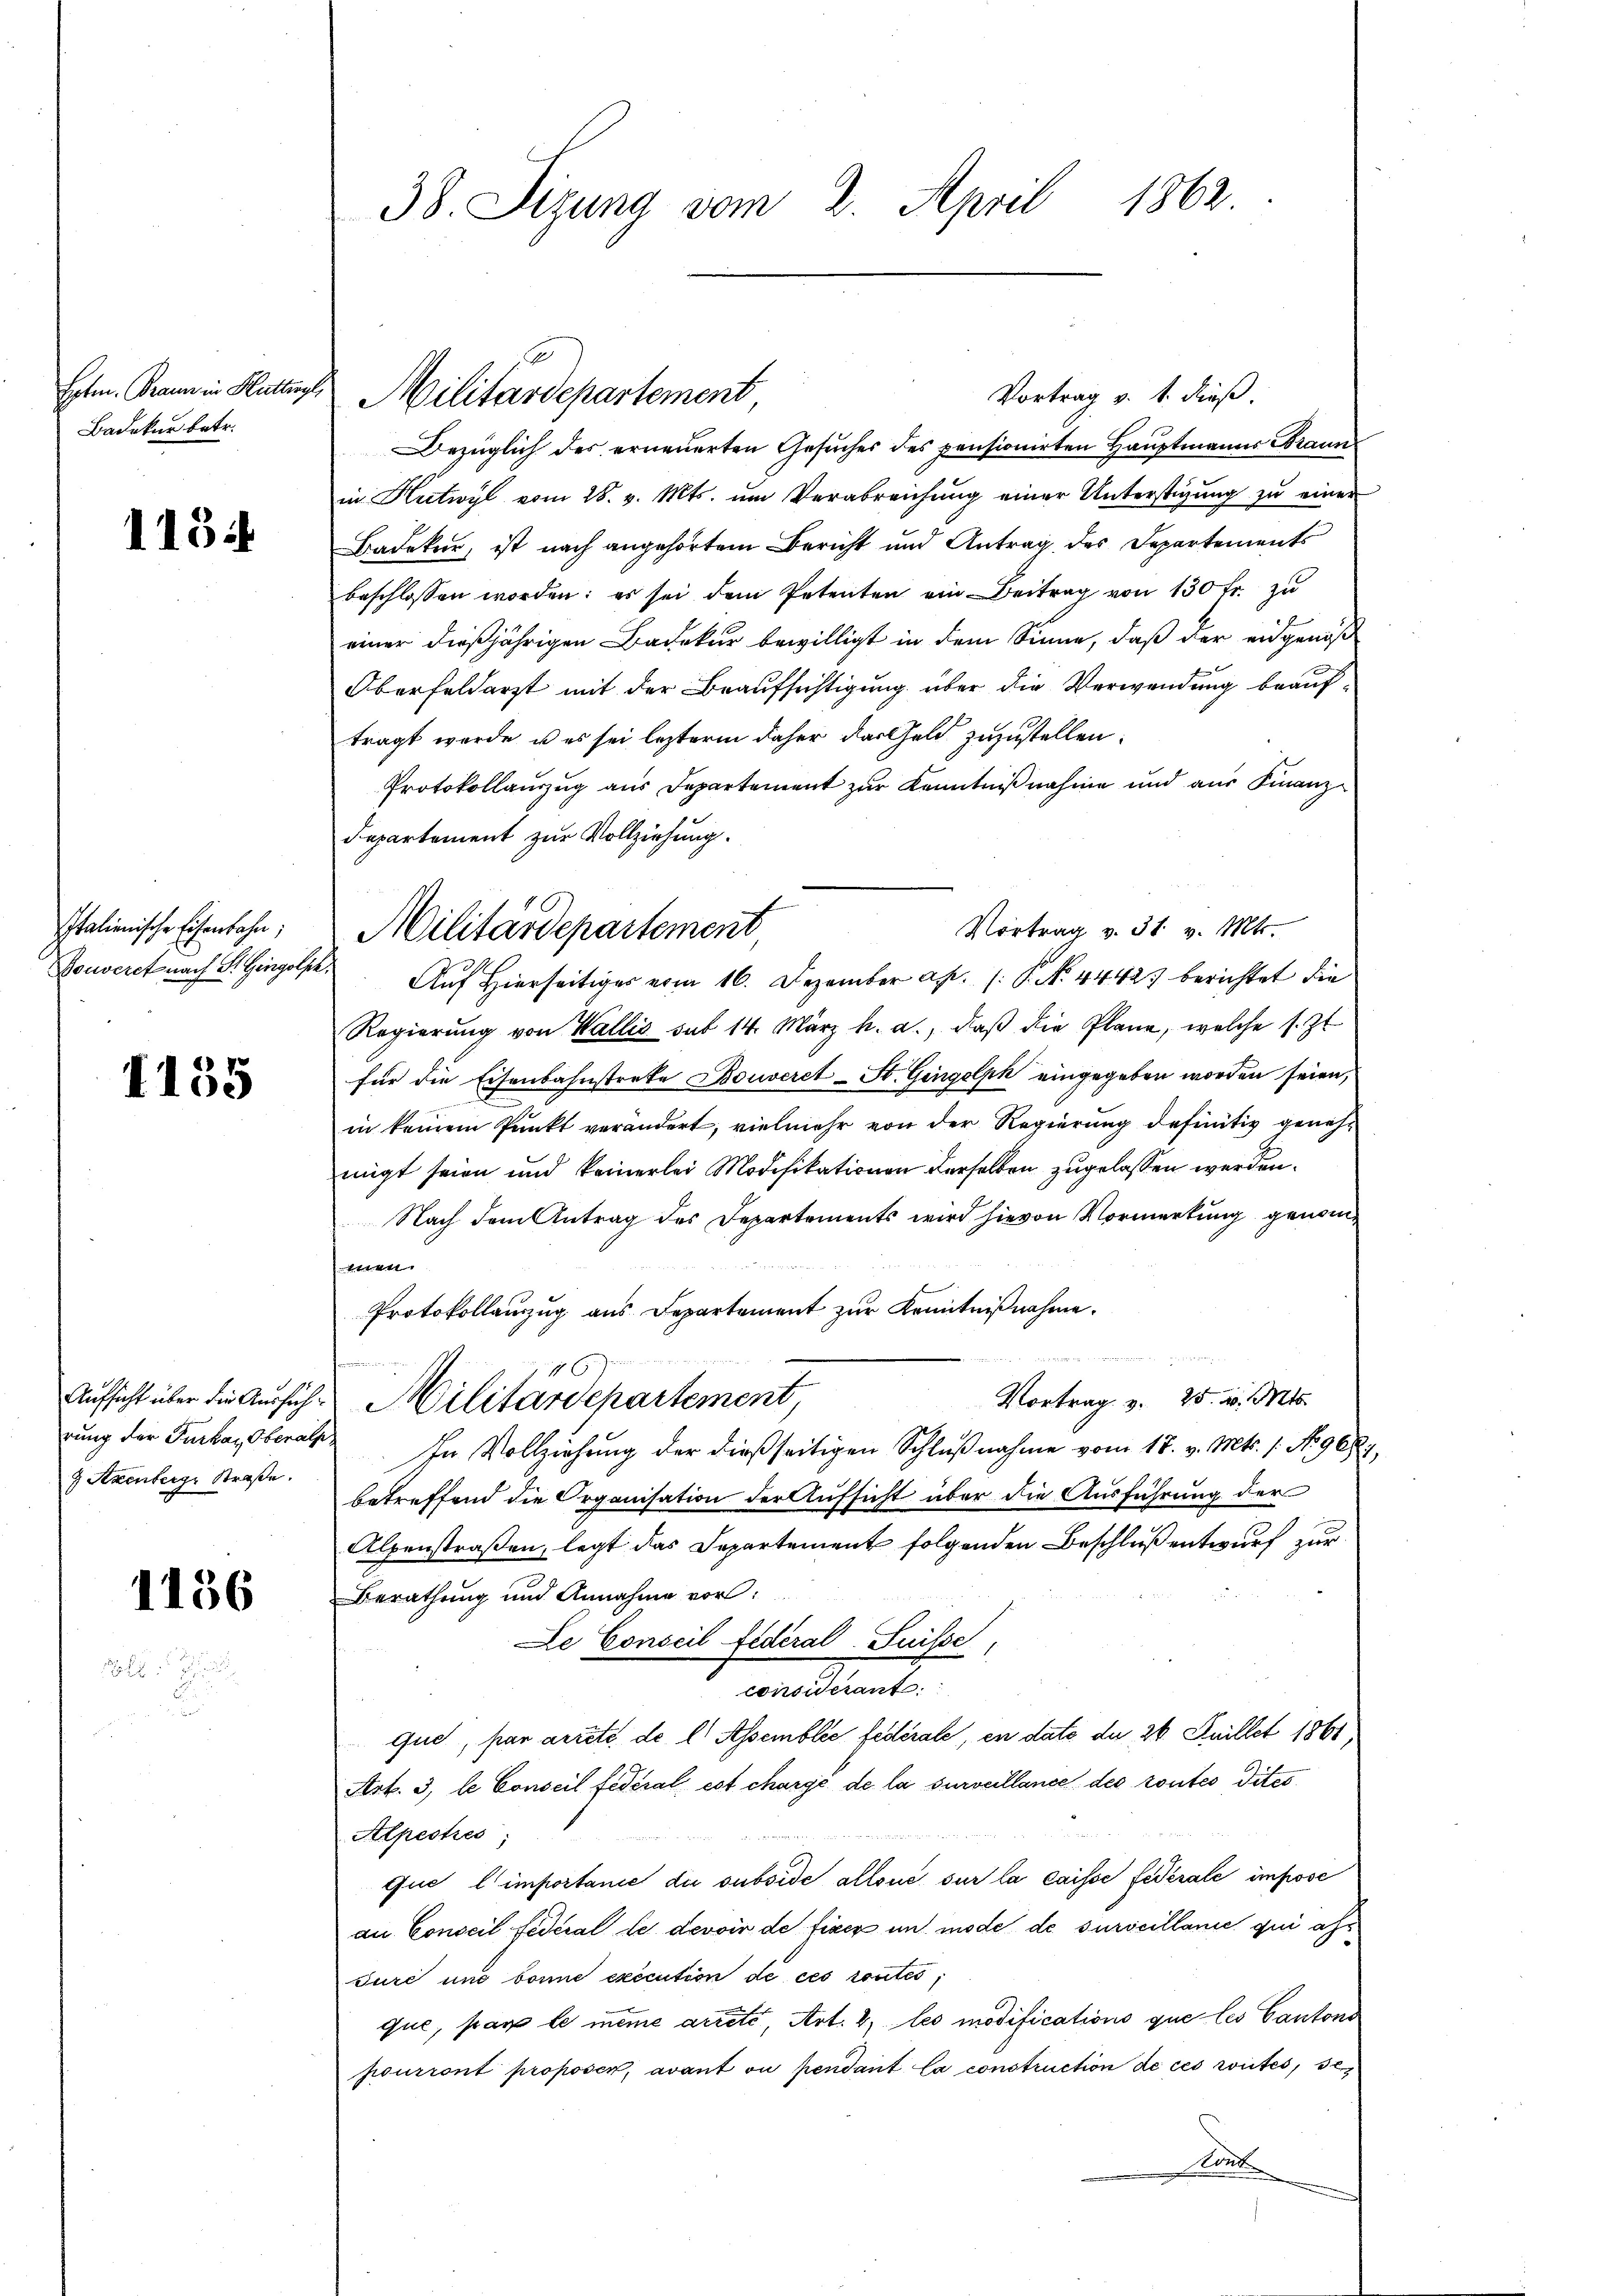
Badeker betr.

1154

1155

1156

Italienische Eisenbahn;

Szenteige Straße.

38. Sizung vom 2. April 1862.

Vortrag v. 1. dieß.
Bezüglich des erneuerten Gesuches des pensionirten Hauptmanns Braun
in Hutwyl vom 28. v. Mts. um Verabreichung einer Unterstigung zu einer
Badeker, ist nach angehörtem Bericht und Antrag des Departements
beschlossen worden: es sei dem Petenten ein Beitrag von 130 fr. zu
einer dießjährigen Badekur bewilligt in dem Sinne, daß der eidgenöß
Oberfeldarzt mit der Beaufsichtigung über die Verwendung beauftragt werde, u es sei lezterm daher das Geld zuzustellen.
Protokollaŭszŭg aŭs Departement zŭr Kenntniβnahme und aŭs Finanz-
Departement zur Vollziehung.
Vortrag v. 31. v. Mts.
Vouverst nach St. Gingolde. Auf Hierseitiger vom 16. Dezember ab. (: P. No. 4442) berichtet die
Regierŭng von Wallis sub 14. März h. a., daβ die Plane, welche s. Zt.
für die Eisenbahnstrete Bouveret - St. Gingolph eingegeben worden seien,
in keinem Punkt verändert, vielmehr von der Regierung definitiv genehmigt seien und keinerlei Modifikationen derselben zugelassen werden.
Nach dem Antrag des Departements wird hievon Vormerkung genomitten
Protokollauszug aus Departement zur Kenntnißnahme.
i

16
Vortrag v. 25. d. Mts.
Aufsicht über die Ausfüh-Militärdepartement
rŭng der Furkaz, Oberals In Vollziehung der dießseitigen Schlŭβnahme vom 17. v. Mts. 1. No 9687.
betreffend die Organisation der Aufsicht über die Ausführung der
Alpenstraßen, legt das Departement folgenden Beschluß entwurf zur
Berathung und Annahme vor:
Le Conseil fédéral-Puisse
considérant.
que, par arrete de l' Assemblée fédérale, in date de 26. Juillet 1861
Art. 3, le Conseil fédéral est chargé de la surveillance des routes dites

Alpestres;
que l’importanie du subside allous sur la caisse federale impose
an Conseil Federal le devoir de fixer um mode de surscillanie qui ass
Jurc und bonne execution de ces routes,
que, par le meine arrete, Art. 2, les modifications que les Cantons
pourront proposer, avant ou pendant la construction de ces weites, des
Kont

Ersten. Kann in Hatten Militärdepartement

Militärdepartement